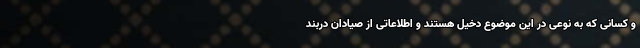
و کسانی که به نوعی در این موضوع دخیل هستند و اطلاعاتی از صیادان دربند